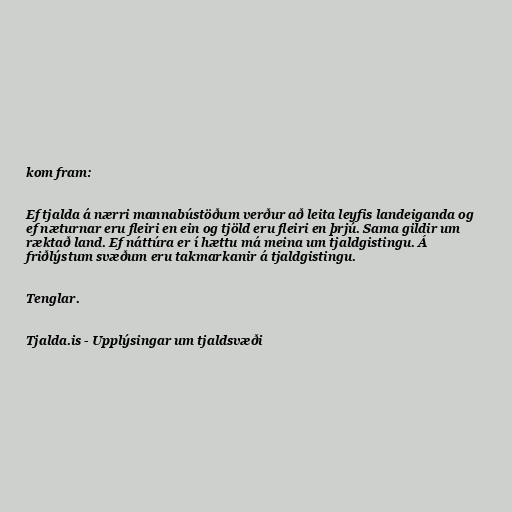
kom fram:

Ef tjalda á nærri mannabústöðum verður að leita leyfis landeiganda og
ef næturnar eru fleiri en ein og tjöld eru fleiri en þrjú. Sama gildir um
ræktað land. Ef náttúra er í hættu má meina um tjaldgistingu. Á
friðlýstum svæðum eru takmarkanir á tjaldgistingu.

Tenglar.

Tjalda.is - Upplýsingar um tjaldsvæði